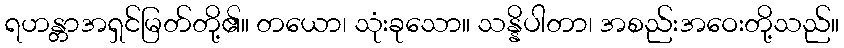
ရဟန္တာအရှင်မြတ်တို့၏။ တယော၊ သုံးခုသော။ သန္နိပါတာ၊ အစည်းအဝေးတို့သည်။